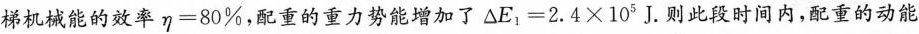
梯机械能的效率$$\eta =80\%$$，配重的重力势能增加了 $$\triangle E_{1}=2.4×10^{5}J$$. 则此段时间内，配重的动能